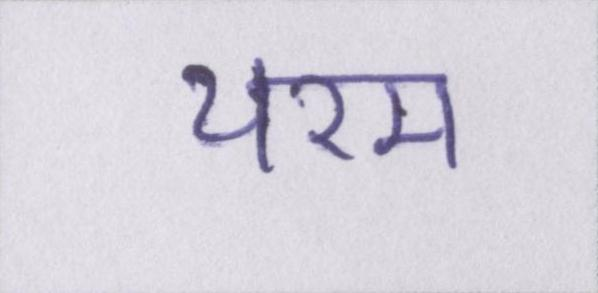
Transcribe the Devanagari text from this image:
चरम